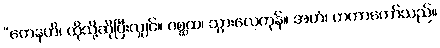
“တေနဟိ၊ ထိုသို့ဆိုပြီးလျှင်။ ဂစ္ဆထ၊ သွားလေကုန်။ အဟံ၊ တကာတော်သည်။